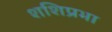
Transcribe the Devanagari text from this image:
शशिप्रभा